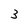
Character: 3